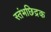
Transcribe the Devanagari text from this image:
स्तंभछिद्रक